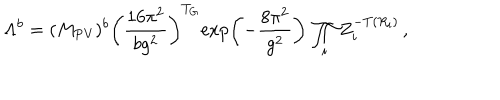
LaTeX: \Lambda ^ { b } = ( M _ { \mathrm { P V } } ) ^ { b } \left( \frac { 1 6 \pi ^ { 2 } } { b g ^ { 2 } } \right) ^ { T _ { G } } \! \exp \left( - \frac { 8 \pi ^ { 2 } } { g ^ { 2 } } \right) \, \prod _ { i } Z _ { i } ^ { - T ( R _ { i } ) } \, ,